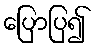
ပြောပြ၍